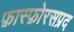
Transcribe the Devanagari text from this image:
फ़ास्फ़ोरसप्रद